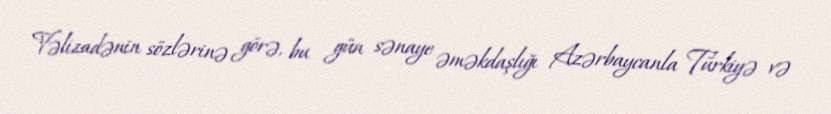
Vəlizadənin sözlərinə görə, bu gün sənaye əməkdaşlığı Azərbaycanla Türkiyə və